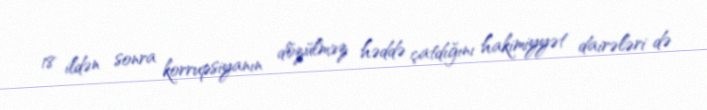
18 ildən sonra korrupsiyanın dözülməz həddə çatdığını hakimiyyət dairələri də